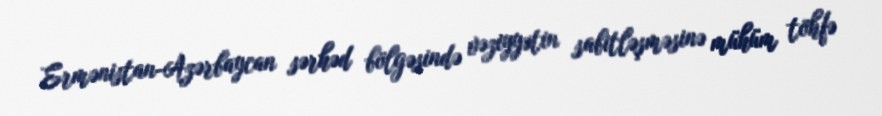
Ermənistan-Azərbaycan sərhəd bölgəsində vəziyyətin sabitləşməsinə mühüm töhfə